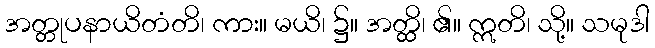
အတ္တုပနာယိတံတိ၊ ကား။ မယိ၊ ၌။ အတ္ထိ၊ ၏။ ဣတိ၊ သို့။ သမုဒါ